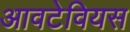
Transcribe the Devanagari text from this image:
आवटेवियस